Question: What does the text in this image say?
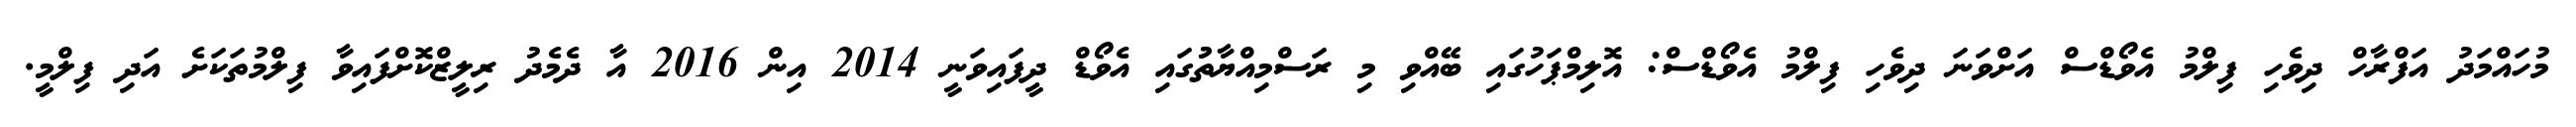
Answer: މުހައްމަދު އަފްރާހް ދިވެހި ފިލްމު އެވޯޑްސް އަށްވަނަ ދިވެހި ފިލްމު އެވޯޑްސް: އޮލިމްޕަހުގައި ބޭއްވި މި ރަސްމިއްޔާތުުގައި އެވޯޑް ދީފައިވަނީ 2014 އިން 2016 އާ ދެމެދު ރިލީޒްކޮށްފައިވާ ފިލްމުތަކަށެ އަދި ފިލްމީ.